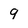
Character: 9